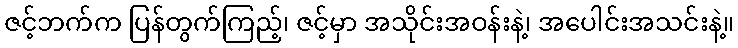
ဇင့်ဘက်က ပြန်တွက်ကြည့်၊ ဇင့်မှာ အသိုင်းအဝန်းနဲ့၊ အပေါင်းအသင်းနဲ့။